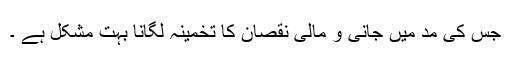
جس کی مد میں جانی و مالی نقصان کا تخمینہ لگانا بہت مشکل ہے ۔